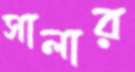
সালার